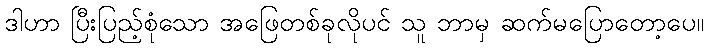
ဒါဟာ ပြီးပြည့်စုံသော အဖြေတစ်ခုလိုပင် သူ ဘာမှ ဆက်မပြောတော့ပေ။